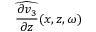
\widehat { \frac { \partial v _ { 3 } } { \partial z } } ( x , z , \omega )